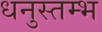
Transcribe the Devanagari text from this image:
धनुस्तम्भ